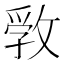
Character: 𢾢